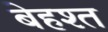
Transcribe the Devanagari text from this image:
बेहश्त